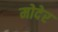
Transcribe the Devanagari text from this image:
मोदेर